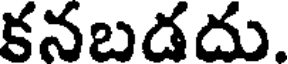
కనబడదు.